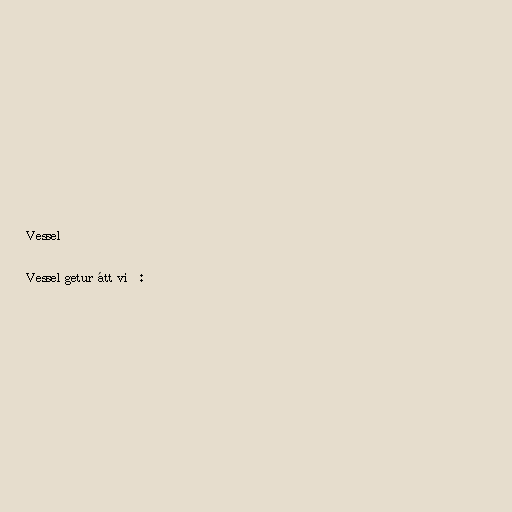
Vessel

Vessel getur átt við: